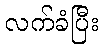
လက်ခံပြီး